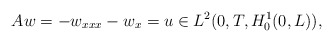
\begin{align*}Aw=-w_{xxx}-w_x=u\in L^2(0,T,H^1_0(0,L)), \end{align*}